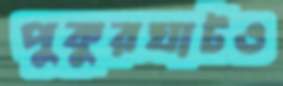
পুকুরঘাটও